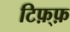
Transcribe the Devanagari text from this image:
टिफ़्फ़